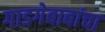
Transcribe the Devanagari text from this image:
गाडगेबाबांचा